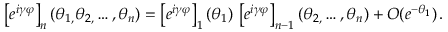
\left[ e ^ { i \gamma \varphi } \right] _ { n } ( \theta _ { 1 , } \theta _ { 2 , } \dots , \theta _ { n } ) = \left[ e ^ { i \gamma \varphi } \right] _ { 1 } ( \theta _ { 1 } ) \, \left[ e ^ { i \gamma \varphi } \right] _ { n - 1 } ( \theta _ { 2 , } \dots , \theta _ { n } ) + O ( e ^ { - \theta _ { 1 } } ) \, .